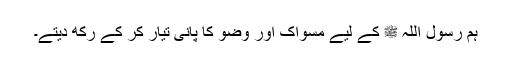
ہم رسول اللہ ﷺ کے لیے مسواک اور وضو کا پانی تیار کر کے رکھ دیتے۔